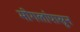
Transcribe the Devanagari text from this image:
मोगलांपासून